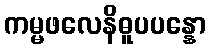
ကမ္မဖလေနိဓူပပန္နော